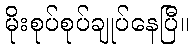
မိုးစုပ်စုပ်ချုပ်နေပြီ။